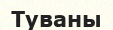
Туваны